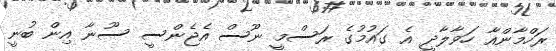
ރަހްމާންއާ ހަވާލާދީ އެ ގައުމުގެ ރަސްމީ ނޫސް އެޖެންސީ ސޫނާ އިން ބުނީ